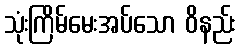
သုံးကြိမ်မေးအပ်သော ဝိနည်း